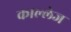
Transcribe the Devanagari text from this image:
काल्लेज